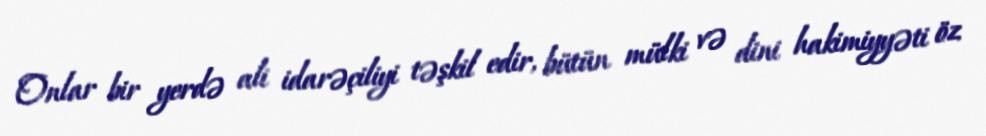
Onlar bir yerdə ali idarəçiliyi təşkil edir, bütün mülki və dini hakimiyyəti öz